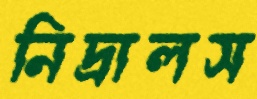
নিদ্রালস